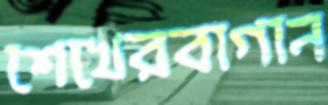
শেখেরবাগান